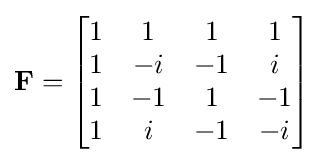
\mathbf {F} ={\begin{bmatrix}1&1&1&1\\1&-i&-1&i\\1&-1&1&-1\\1&i&-1&-i\\\end{bmatrix}}